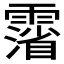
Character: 𲊉